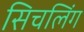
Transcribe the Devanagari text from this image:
सिचलिंग